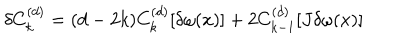
\delta C _ { k } ^ { ( d ) } = ( d - 2 k ) C _ { k } ^ { ( d ) } [ \delta \omega ( x ) ] + 2 C _ { k - 1 } ^ { ( d ) } [ J \delta \omega ( x ) ]